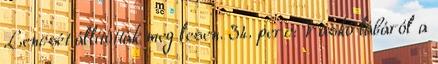
Lencsét állították meg lesen. 34. perc: Vaskó lábáról a